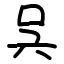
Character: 𠯵